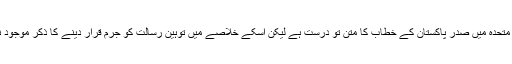
اقوامِ متحدہ میں صدرِ پاکستان کے خطاب کا متن تو درست ہے لیکن اسکے خلاصے میں توہینِ رسالت کو جرم قرار دینے کا ذکر موجود نہیں۔